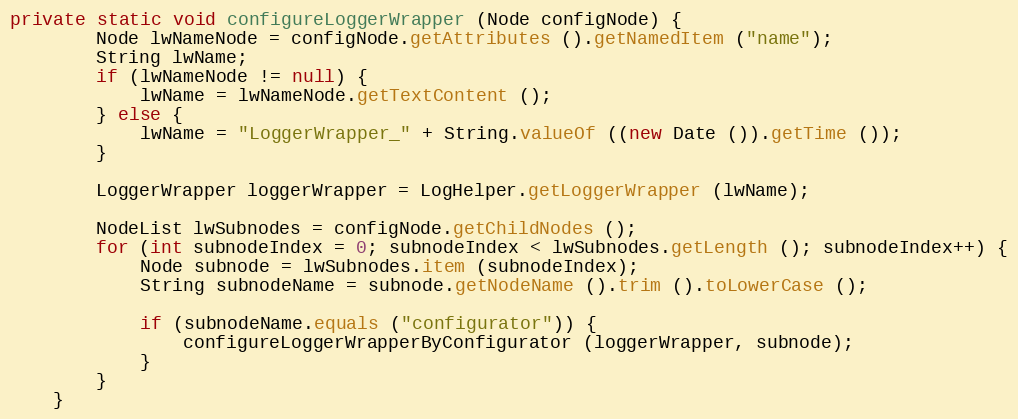
Language: Java
private static void configureLoggerWrapper (Node configNode) {
		Node lwNameNode = configNode.getAttributes ().getNamedItem ("name");
		String lwName;
		if (lwNameNode != null) {
			lwName = lwNameNode.getTextContent ();
		} else {
			lwName = "LoggerWrapper_" + String.valueOf ((new Date ()).getTime ());
		}

		LoggerWrapper loggerWrapper = LogHelper.getLoggerWrapper (lwName);

		NodeList lwSubnodes = configNode.getChildNodes ();
		for (int subnodeIndex = 0; subnodeIndex < lwSubnodes.getLength (); subnodeIndex++) {
			Node subnode = lwSubnodes.item (subnodeIndex);
			String subnodeName = subnode.getNodeName ().trim ().toLowerCase ();

			if (subnodeName.equals ("configurator")) {
				configureLoggerWrapperByConfigurator (loggerWrapper, subnode);
			}
		}
	}